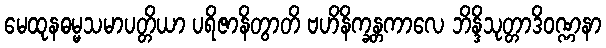
မေထုနဓမ္မသမာပတ္တိယာ ပရိဇာနိတွာတိ ဗဟိနိက္ခန္တကာလေ ဘိန္ဒိသုတ္တာဒိဝဏ္ဏနာ